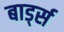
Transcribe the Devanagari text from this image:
बार्ड्स